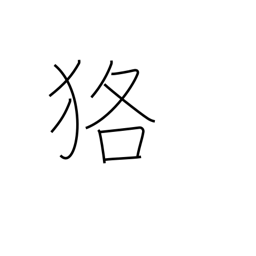
Meaning: badger